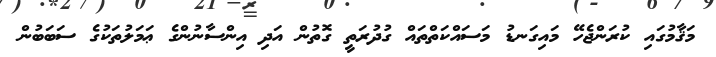
މަޤާމުގައި ކުރަންޖެހޭ މައިގަނޑު މަސައްކަތްތައް ގުދުރަތީ ގޮތުން އަދި އިންސާނުންގެ ޢަމަލުތަކުގެ ސަބަބުން